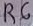
Text: R6